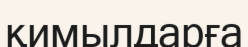
қимылдарға